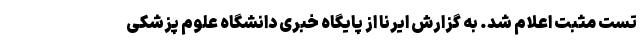
تست مثبت اعلام شد. به گزارش ایرنا از پایگاه خبری دانشگاه علوم پزشکی